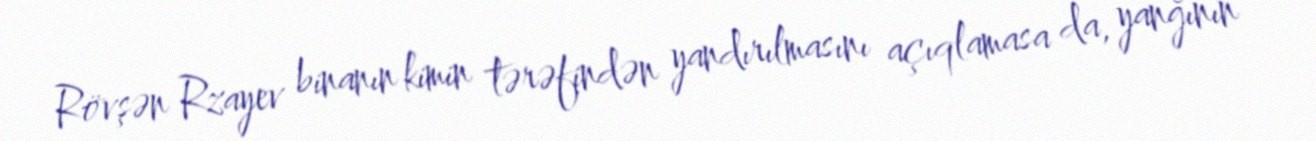
Rövşən Rzayev binanın kimin tərəfindən yandırılmasını açıqlamasa da, yanğının